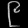
Digit: ၉